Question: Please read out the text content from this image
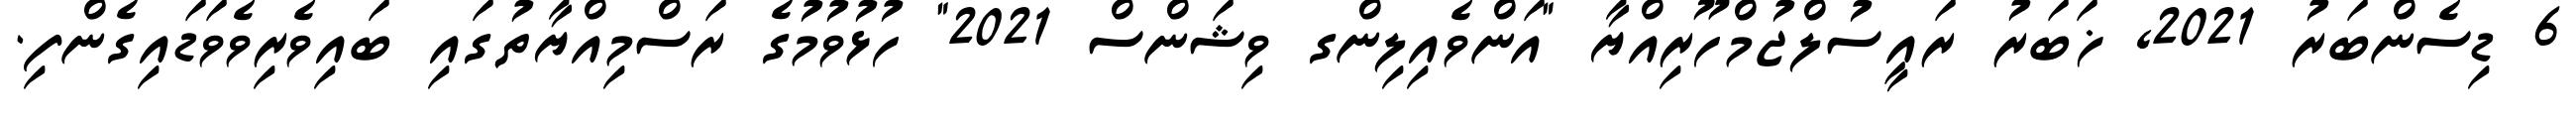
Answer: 6 ޑިސެންބަރު 2021, ޚަބަރު ރައީސުލްޖުމްހޫރިއްޔާ "އަންވެއިލިންގ ވިޝަންސް 2021" ހުޅުވުމުގެ ރަސްމިއްޔާތުގައި ބައިވެރިވެވަޑައިގެންފި.